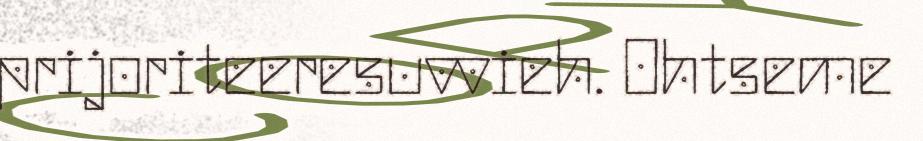
prijoriteeresuvvieh. Ohtseme